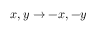
x , y \rightarrow - x , - y